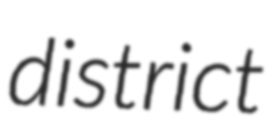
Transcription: district